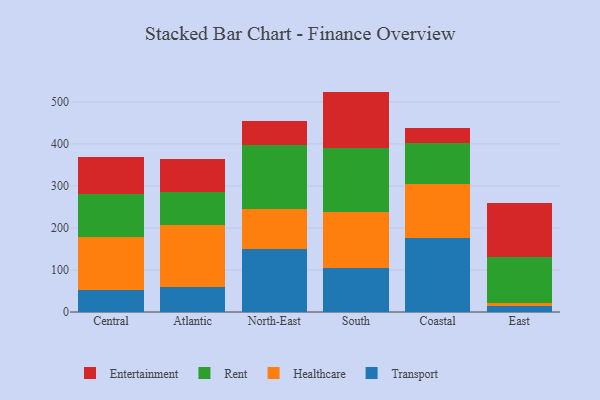
{"axis": {"x": "Region", "y": "Net Income (USD K)"}, "legend": ["Entertainment", "Healthcare", "Rent", "Transport"], "data": [{"x": "Central", "y": 52.2, "type": "Transport"}, {"x": "Central", "y": 127.4, "type": "Healthcare"}, {"x": "Central", "y": 100.7, "type": "Rent"}, {"x": "Central", "y": 88.6, "type": "Entertainment"}, {"x": "Atlantic", "y": 59.3, "type": "Transport"}, {"x": "Atlantic", "y": 146.7, "type": "Healthcare"}, {"x": "Atlantic", "y": 80.2, "type": "Rent"}, {"x": "Atlantic", "y": 77.7, "type": "Entertainment"}, {"x": "North-East", "y": 151.1, "type": "Transport"}, {"x": "North-East", "y": 95.1, "type": "Healthcare"}, {"x": "North-East", "y": 150.4, "type": "Rent"}, {"x": "North-East", "y": 58.7, "type": "Entertainment"}, {"x": "South", "y": 104.4, "type": "Transport"}, {"x": "South", "y": 133.6, "type": "Healthcare"}, {"x": "South", "y": 152.0, "type": "Rent"}, {"x": "South", "y": 134.6, "type": "Entertainment"}, {"x": "Coastal", "y": 177.3, "type": "Transport"}, {"x": "Coastal", "y": 126.2, "type": "Healthcare"}, {"x": "Coastal", "y": 98.1, "type": "Rent"}, {"x": "Coastal", "y": 35.4, "type": "Entertainment"}, {"x": "East", "y": 14.6, "type": "Transport"}, {"x": "East", "y": 7.6, "type": "Healthcare"}, {"x": "East", "y": 109.3, "type": "Rent"}, {"x": "East", "y": 127.3, "type": "Entertainment"}]}